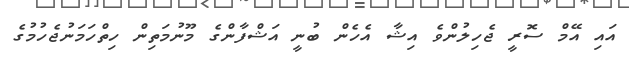
އައި އޭމް ސޮރީ ޖެހިލުންވެ އިޝާ އެހެން ބުނީ އަޝްފާންގެ މޫނުމަތިން ހިތްހަމަނުޖެހުމުގެ